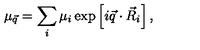
\mu _ { \vec { q } } = \sum _ { i } \mu _ { i } \exp \left[ i \vec { q } \cdot \vec { R } _ { i } \right] ,